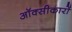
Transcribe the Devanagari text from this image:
ऑक्सीकारों